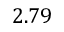
2 . 7 9